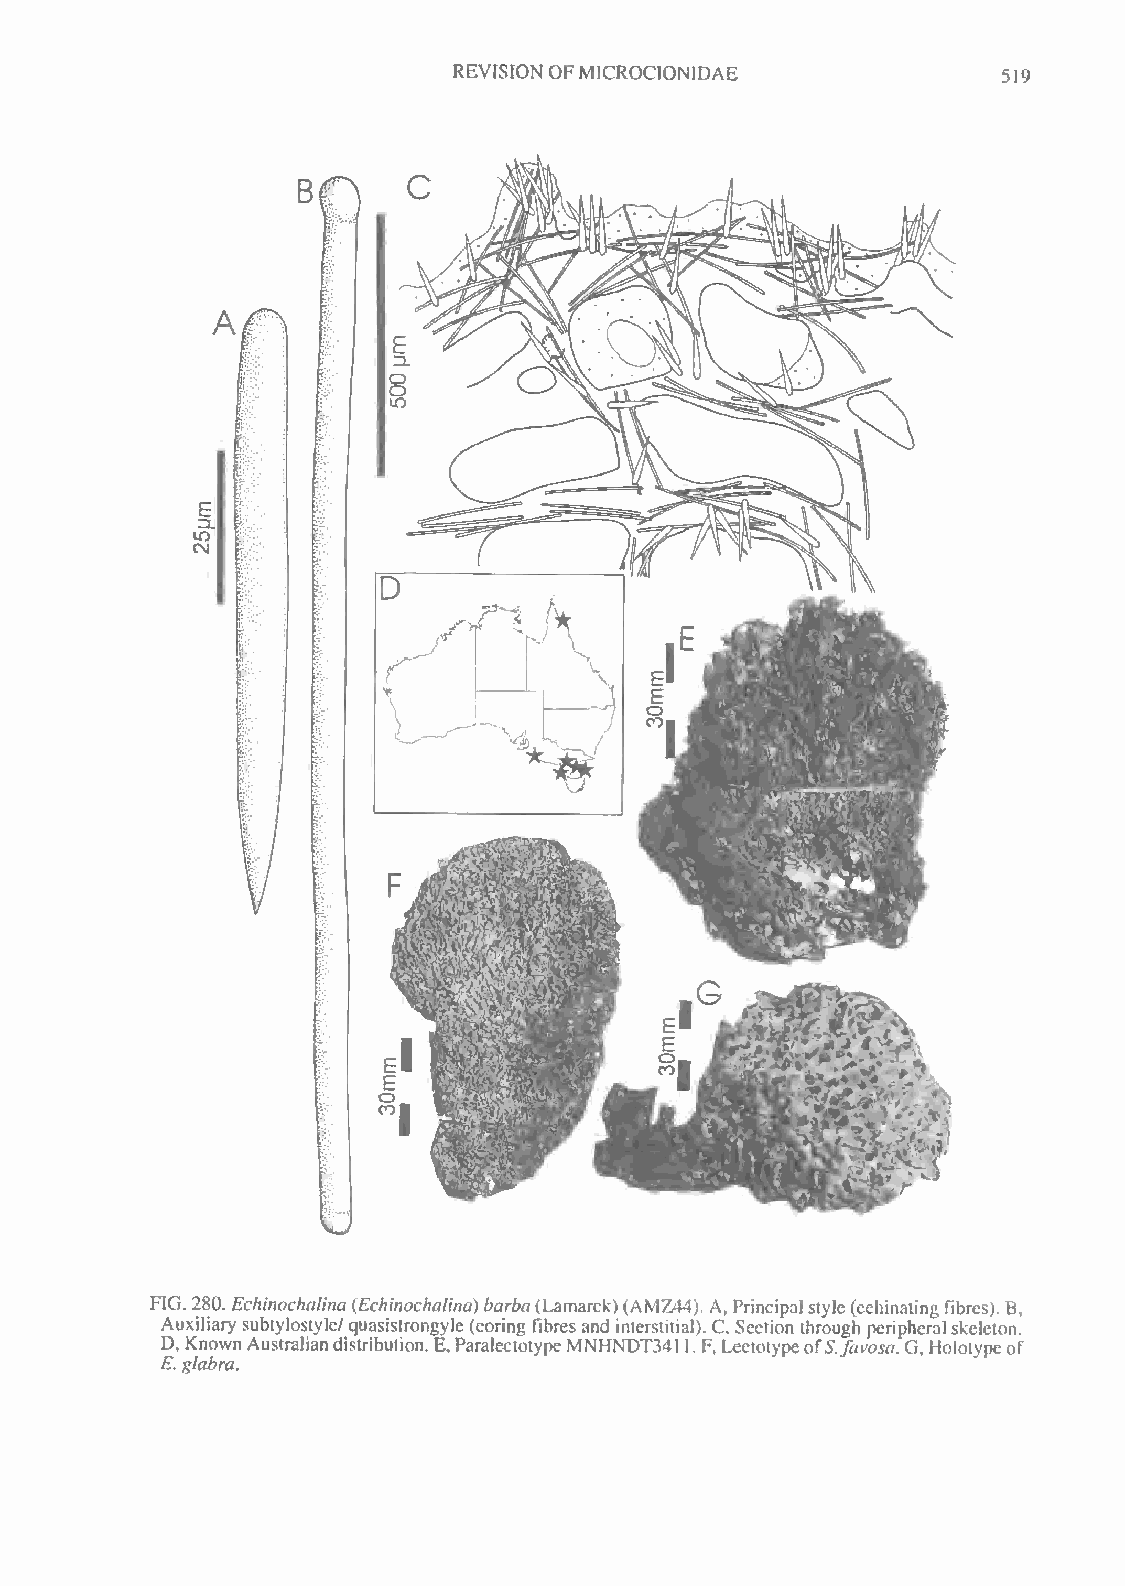
REVISION OFMICROCION1DAE
 519
 FIG. 280. Echinochatina{Echinochalina)barba(Lamarck)(AMZ44), A,Principal style(echinaiing fibres). B,
 Auxiliary subtylostyle/quasistrongyle (coring fibres and interstitial). C, Section through peripheralskeleton.
 D, KnownAustraliandistribution. E,Paralectotype MNHNDT341 1. F, LectotypeofS.favosa.G, Holotypcof
 E. glabra.